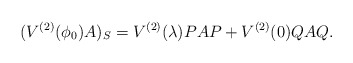
\begin{align*}(V^{(2)}(\phi_{0})A)_{S}=V^{(2)}(\lambda) PAP+V^{(2)}(0)QAQ.\end{align*}